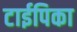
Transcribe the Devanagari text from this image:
टाईपिका